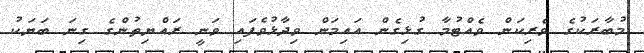
މުބާރަކުގެ ވެރިކަން ވެއްޓުމާ ގުޅިގެން އައިމަން ވިދާޅުވެފައި ވަނީ ރައްޔިތުންގެ ގިނަ ބަޔަކު